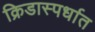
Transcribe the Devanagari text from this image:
क्रिडास्पर्धात